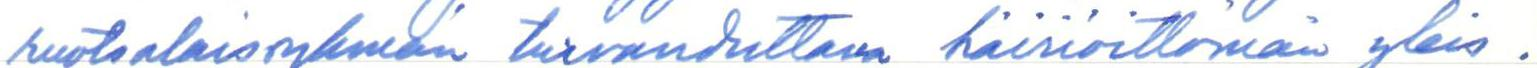
ruotsalaisryhmän turvauduttava häiriöittömän yleis-